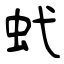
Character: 蚮